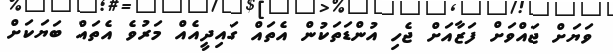
ވަޔަށް ޖައްވަށް ފަޒާއަށް ޖެހި އުންޑަތަކުން އެތައް ގައިދީއެއް މަރުވެ އެތައް ބަޔަކަށް